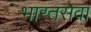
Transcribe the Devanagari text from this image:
भारतसेवा